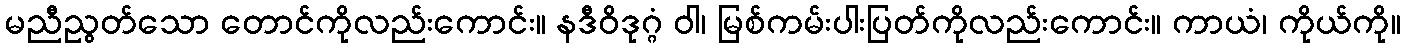
မညီညွတ်သော တောင်ကိုလည်းကောင်း။ နဒီဝိဒုဂ္ဂံ ဝါ၊ မြစ်ကမ်းပါးပြတ်ကိုလည်းကောင်း။ ကာယံ၊ ကိုယ်ကို။